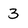
Character: 3